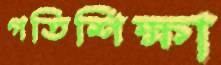
গতিশিক্ষা